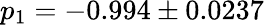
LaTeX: p_{1}=-0.994\pm 0.0237